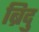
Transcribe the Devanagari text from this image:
ब्रिदु